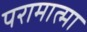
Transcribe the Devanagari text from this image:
परामात्मा